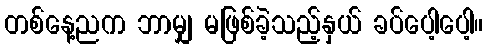
တစ်နေ့ညက ဘာမျှ မဖြစ်ခဲ့သည့်နှယ် ခပ်ပေါ့ပေါ့။